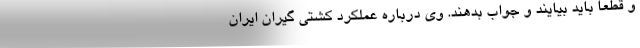
و قطعا باید بیایند و جواب بدهند. وی درباره عملکرد کشتی گیران ایران